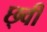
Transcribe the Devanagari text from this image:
छ्वी